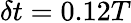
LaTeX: \delta t=0.12T